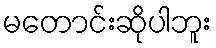
မတောင်းဆိုပါဘူး